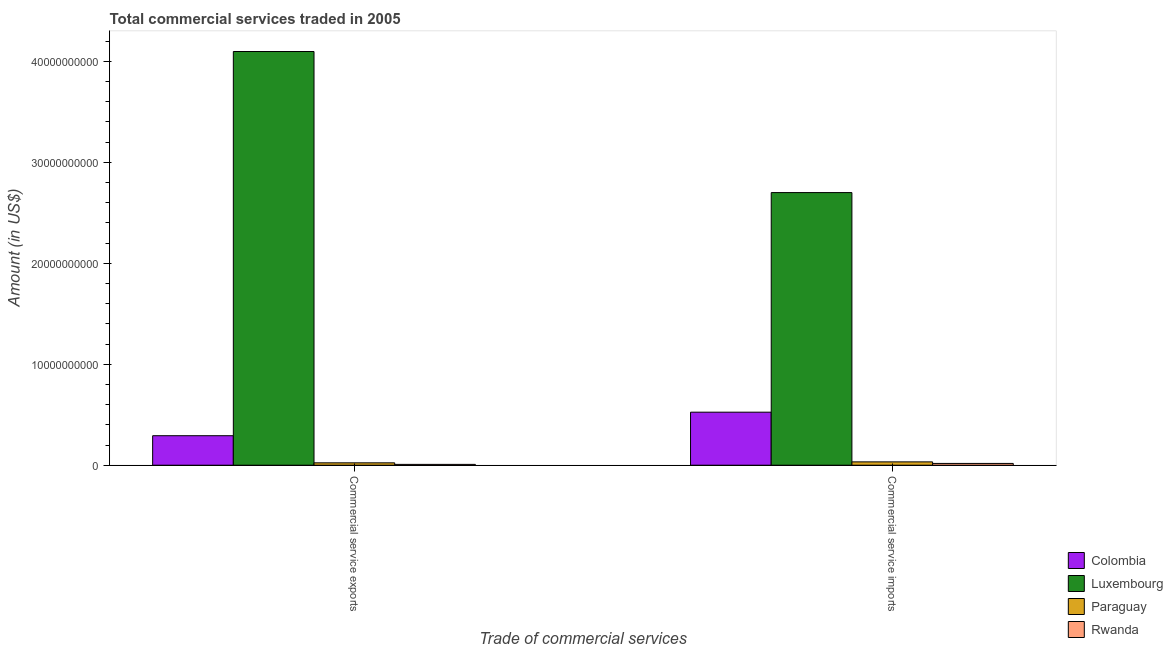
| Trade of commercial services | Colombia | Luxembourg | Paraguay | Rwanda |
 | --- | --- | --- | --- | --- |
 | Commercial service exports | 2.92e+09 | 4.1e+10 | 2.35e+08 | 8.22e+07 |
 | Commercial service imports | 5.25e+09 | 2.7e+10 | 3.29e+08 | 1.75e+08 |